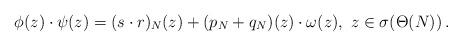
LaTeX: \begin{align*}\phi(z) \cdot \psi(z) = (s\cdot r)_N(z) + (p_N + q_N)(z)\cdot \omega(z), \ z \in \sigma(\Theta(N)) \,. \end{align*}